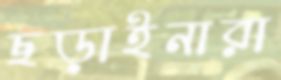
ছড়াইনারা